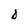
Character: D